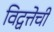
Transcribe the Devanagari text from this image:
विद्वत्तेची